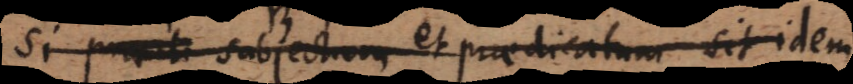
Si subjectum et praedicatum sit idem